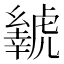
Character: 𬟲